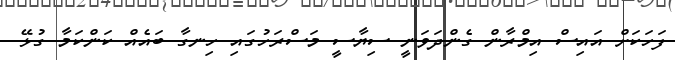
ފަހަކަށް އައިސް އިމްރާން ގެންދަވަނީ ސިޔާސީ މަސްރަހުގައި ހިނގާ ބައެއް ކަންކަމާ ގުޅޭ